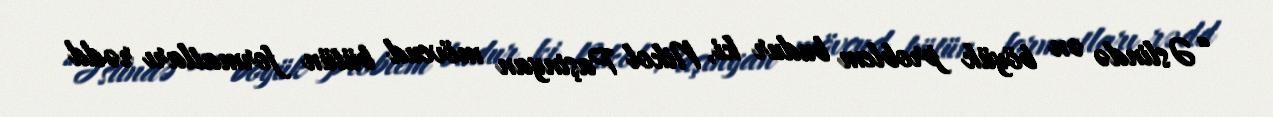
“Əslində ən böyük problem budur ki, Nikol Paşinyan mövcud bütün formatları rədd